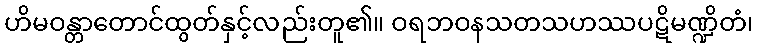
ဟိမဝန္တာတောင်ထွတ်နှင့်လည်းတူ၏။ ဝရဘဝနသတသဟဿပဋိမဏ္ဍိတံ၊